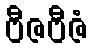
ဗီဇဗီဇံ